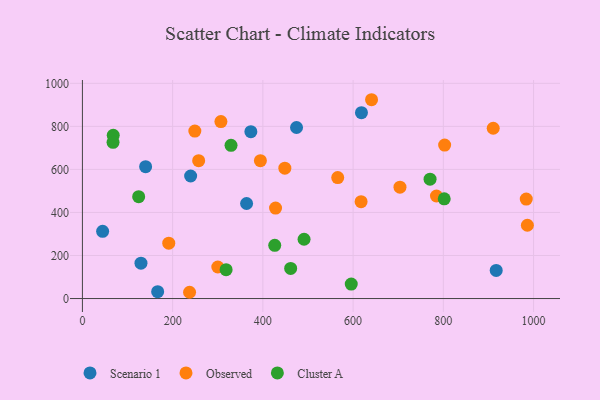
{"axis": {"x": "Engine Size", "y": "Fuel Efficiency"}, "legend": ["Cluster A", "Observed", "Scenario 1"], "data": [{"x": "129.8", "y": 164.1, "type": "Scenario 1"}, {"x": "618.5", "y": 863.8, "type": "Scenario 1"}, {"x": "373.4", "y": 775.3, "type": "Scenario 1"}, {"x": "140.1", "y": 612.7, "type": "Scenario 1"}, {"x": "239.9", "y": 569.4, "type": "Scenario 1"}, {"x": "474.6", "y": 794.8, "type": "Scenario 1"}, {"x": "917.2", "y": 130.8, "type": "Scenario 1"}, {"x": "363.9", "y": 441.6, "type": "Scenario 1"}, {"x": "44.8", "y": 312.3, "type": "Scenario 1"}, {"x": "166.8", "y": 31.7, "type": "Scenario 1"}, {"x": "703.9", "y": 517.3, "type": "Observed"}, {"x": "307.0", "y": 822.5, "type": "Observed"}, {"x": "448.7", "y": 605.7, "type": "Observed"}, {"x": "617.7", "y": 450.2, "type": "Observed"}, {"x": "986.3", "y": 340.6, "type": "Observed"}, {"x": "565.9", "y": 561.9, "type": "Observed"}, {"x": "910.6", "y": 791.3, "type": "Observed"}, {"x": "257.7", "y": 640.8, "type": "Observed"}, {"x": "640.9", "y": 923.8, "type": "Observed"}, {"x": "237.5", "y": 29.1, "type": "Observed"}, {"x": "428.1", "y": 420.3, "type": "Observed"}, {"x": "802.9", "y": 713.2, "type": "Observed"}, {"x": "191.4", "y": 257.2, "type": "Observed"}, {"x": "249.2", "y": 778.2, "type": "Observed"}, {"x": "983.8", "y": 462.3, "type": "Observed"}, {"x": "300.1", "y": 146.5, "type": "Observed"}, {"x": "394.5", "y": 640.7, "type": "Observed"}, {"x": "784.8", "y": 476.4, "type": "Observed"}, {"x": "802.0", "y": 463.1, "type": "Cluster A"}, {"x": "318.5", "y": 134.2, "type": "Cluster A"}, {"x": "595.9", "y": 67.1, "type": "Cluster A"}, {"x": "461.6", "y": 139.9, "type": "Cluster A"}, {"x": "770.6", "y": 554.7, "type": "Cluster A"}, {"x": "124.7", "y": 473.4, "type": "Cluster A"}, {"x": "68.3", "y": 758.5, "type": "Cluster A"}, {"x": "491.3", "y": 275.5, "type": "Cluster A"}, {"x": "426.3", "y": 247.4, "type": "Cluster A"}, {"x": "329.4", "y": 711.9, "type": "Cluster A"}, {"x": "67.9", "y": 725.8, "type": "Cluster A"}]}